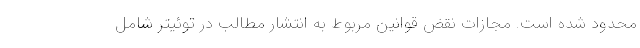
محدود شده است. مجازات نقض قوانین مربوط به انتشار مطالب در توئیتر شامل